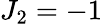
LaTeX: {{J}_{2}}=-1